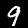
Digit: 9